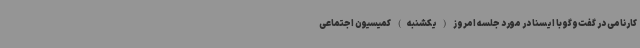
کارنامی در گفت‌وگو با ایسنا در مورد جلسه امروز(یکشنبه) کمیسیون اجتماعی